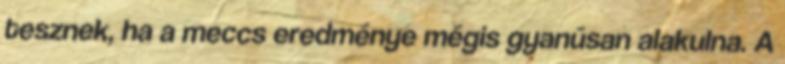
tesznek, ha a meccs eredménye mégis gyanúsan alakulna. A